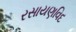
રસાયણવિદ